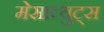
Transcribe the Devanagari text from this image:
मेसाच्युट्स